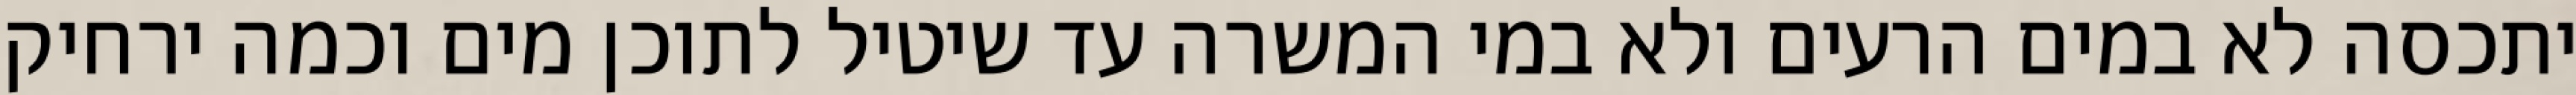
יתכסה לא במים הרעים ולא במי המשרה עד שיטיל לתוכן מים וכמה ירחיק